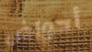
أحواض